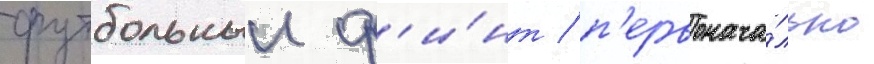
футбольныи ф'и́нт / п'ервонача́льно